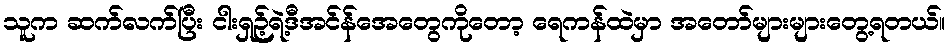
သူက ဆက်လက်ပြီး ငါးရှဉ့်ရဲ့ဒီအင်န်အေတွေကိုတော့ ရေကန်ထဲမှာ အတော်များများတွေ့ရတယ်။